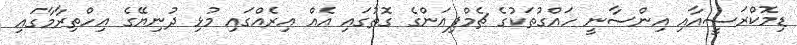
ޑިމޮކްރަސީއާއި އިންސާނީ ހައްގުތަކުގެ ޗެމްޕިއަންގެ ގޮތުގައި އެއް އިރެއްގައި މުޅި ދުނިޔޭގެ އިހްތިރާމާގައި